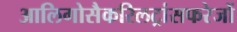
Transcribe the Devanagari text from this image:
आलिगोसैकरिलट्रांसफरेजों